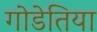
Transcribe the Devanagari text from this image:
गोडेतिया